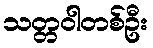
သတ္တဝါတစ်ဦး